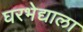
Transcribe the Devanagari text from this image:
घरभेद्याला